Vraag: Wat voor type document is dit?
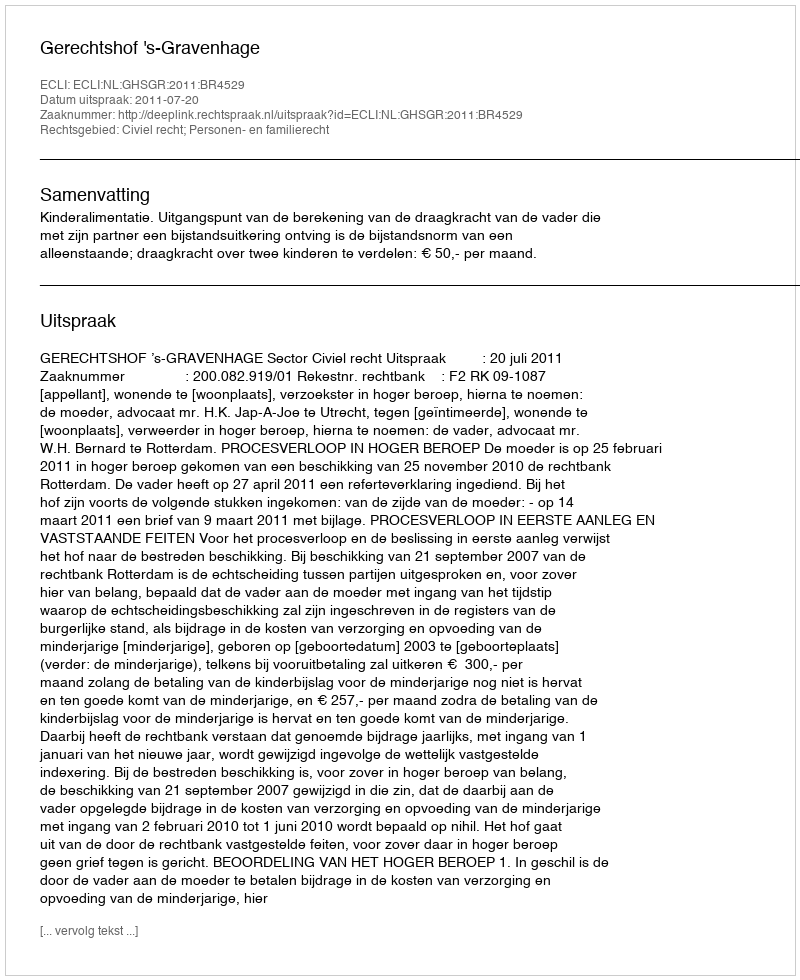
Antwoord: Uitspraak